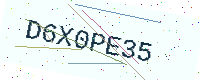
Text: D6X0PE35